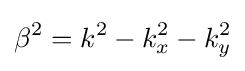
\beta ^{2}=k^{2}-k_{x}^{2}-k_{y}^{2}